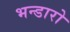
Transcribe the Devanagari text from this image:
भन्डारो